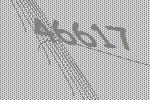
46617